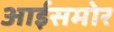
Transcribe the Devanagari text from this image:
आईसमोर